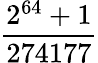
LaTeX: \frac{2^{64}+1}{274177}